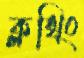
ক্লথিং